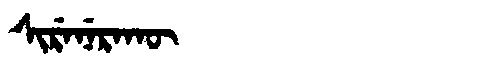
Manchu: ᠰᡳᡵᡝᠨᡝᡵᠠᡴᡡ
Romanization: SIRENERAKŪ